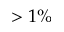
> 1 \%